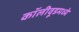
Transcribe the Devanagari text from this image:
कॉलीवूडमध्ये